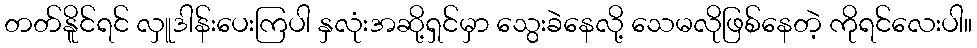
တတ်နိူင်ရင် လှူဒါန်းပေးကြပါ နှလုံးအဆို့ရှင်မှာ သွေးခဲနေလို့ သေမလိုဖြစ်နေတဲ့ ကိုရင်လေးပါ။